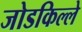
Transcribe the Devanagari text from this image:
जोडकिल्ले